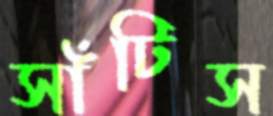
সাঁটিস